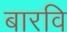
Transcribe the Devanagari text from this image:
बारवि